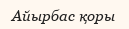
Айырбас қоры